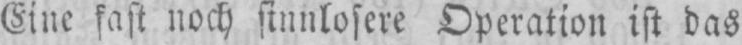
Eine fast noch sinnlosere Operation ist das